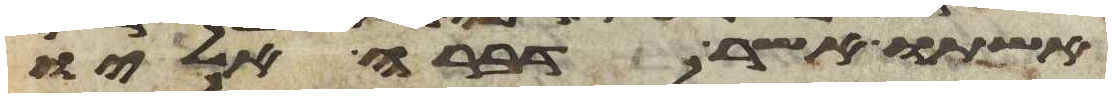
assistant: אשתו אשר דברה אליו